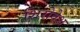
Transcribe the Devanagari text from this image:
शिरोवेश